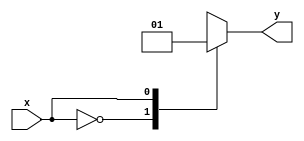
module case_statement (
    input wire x,
    output reg y
);

always @ (x)
begin
    case (x)
        1'b0: y = 1'b0;
        1'b1: y = 1'b1;
        default: y = 1'bx; //output 'x' when signal is unknown or uninitialized
    endcase
end

endmodule